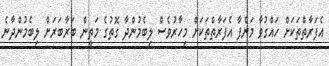
އެފަރާތްތަކަށް ހައްގުވާ މަންފާ އެފަރާތްތަކަށް މިހާރުވެސް ލިބެމުންދާ ގޮތުގެ މަތީން ބަރާބަރަށް ލިބެމުންދާނެ